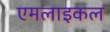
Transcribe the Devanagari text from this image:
एमलाइकल